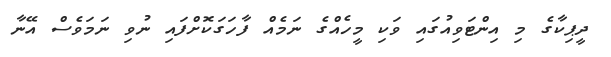
ދީޕިކާގެ މި އިންޓަވިއުގައި ވަކި މީހެއްގެ ނަމެއް ފާހަގަކޮށްފައި ނުވި ނަމަވެސް އޭނާ